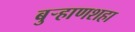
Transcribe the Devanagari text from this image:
बुर्‍हाणशहा